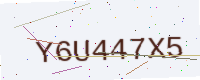
Text: Y6U447X5